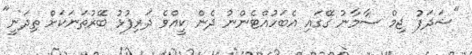
"ޝަދަފު ޖިމް ސާމާނު ގޭގައި އެބަހުއްޓެންނު ދެން ކީއްވެ ދަރިފުޅު ބޭރުތަނަކަށް ތިދަނީ"